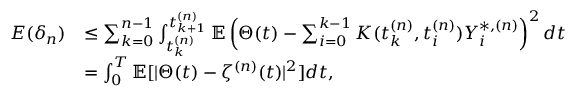
\begin{array} { r l } { E ( \delta _ { n } ) } & { \le \sum _ { k = 0 } ^ { n - 1 } \int _ { t _ { k } ^ { ( n ) } } ^ { t _ { k + 1 } ^ { ( n ) } } \mathbb { E } \left( \Theta ( t ) - \sum _ { i = 0 } ^ { k - 1 } K ( t _ { k } ^ { ( n ) } , t _ { i } ^ { ( n ) } ) Y _ { i } ^ { \ast , ( n ) } \right) ^ { 2 } d t } \\ & { = \int _ { 0 } ^ { T } \mathbb { E } [ \vert \Theta ( t ) - \zeta ^ { ( n ) } ( t ) \vert ^ { 2 } ] d t , } \end{array}